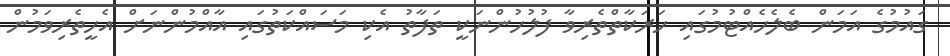
ގައުމުގެ އަމަން ބެލެހެއްޓުމުގައި ހަރަކާތްތެރިވާ ފުލުހުންނަކީ ތަފާތު އެކި މަސައްކަތުގައި އާއްމުންނަށް އެހީތެރިވަމުން